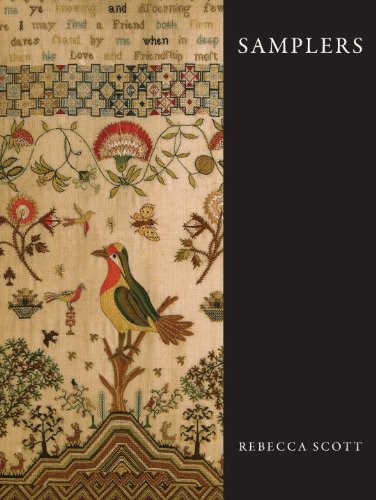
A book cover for Samplers (Shire Collections); Rebecca Scott; Crafts, Hobbies & Home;